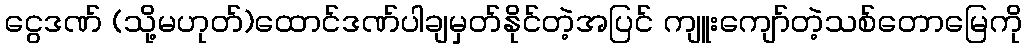
ငွေဒဏ် (သို့မဟုတ်)ထောင်ဒဏ်ပါချမှတ်နိုင်တဲ့အပြင် ကျူးကျော်တဲ့သစ်တောမြေကို